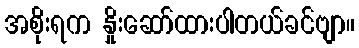
အစိုးရက နှိုးဆော်ထားပါတယ်ခင်ဗျာ။